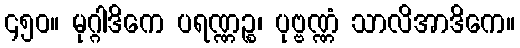
၄၅၀။ မုဂ္ဂါဒိကေ ပရဏ္ဏဉ္စ၊ ပုဗ္ဗဏ္ဏံ သာလိအာဒိကေ။